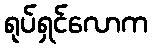
ရုပ်ရှင်လောက